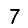
Digit: 7